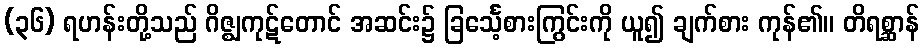
(၃၆) ရဟန်းတို့သည် ဂိဇ္ဈကုဋ်တောင် အဆင်း၌ ခြင်္သေ့စားကြွင်းကို ယူ၍ ချက်စား ကုန်၏။ တိရစ္ဆာန်